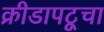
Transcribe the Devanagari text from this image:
क्रीडापटूचा